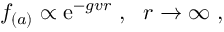
f _ { ( a ) } \propto \mathrm { e } ^ { - g v r } \; , \ \ r \to \infty \; ,